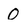
Character: O